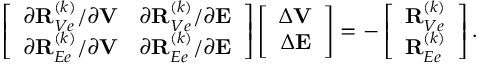
\begin{array} { r } { \left[ \begin{array} { c c } { \partial { \bf R } _ { V e } ^ { ( k ) } / \partial { \bf V } } & { \partial { \bf R } _ { V e } ^ { ( k ) } / \partial { \bf E } } \\ { \partial { \bf R } _ { E e } ^ { ( k ) } / \partial { \bf V } } & { \partial { \bf R } _ { E e } ^ { ( k ) } / \partial { \bf E } } \end{array} \right] \left[ \begin{array} { c } { \Delta { \bf V } } \\ { \Delta { \bf E } } \end{array} \right] = - \left[ \begin{array} { c } { { \bf R } _ { V e } ^ { ( k ) } } \\ { { \bf R } _ { E e } ^ { ( k ) } } \end{array} \right] . } \end{array}